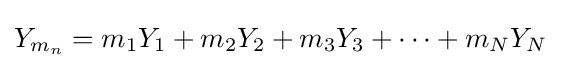
Y_{m_{n}}=m_{1}Y_{1}+m_{2}Y_{2}+m_{3}Y_{3}+\dots +m_{N}Y_{N}